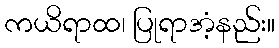
ကယိရာထ၊ ပြုရာအံ့နည်း။